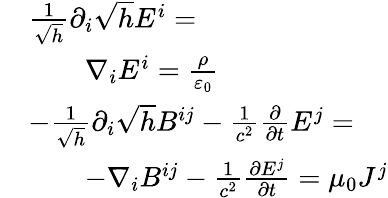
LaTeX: {\begin{array}{rl}&{{\frac{1}{\sqrt{h}}}\partial_{i}{\sqrt{h}}E^{i}=}\\ &{\qquad\nabla_{i}E^{i}={\frac{\rho}{\varepsilon_{0}}}}\\ &{{-}{\frac{1}{\sqrt{h}}}\partial_{i}{\sqrt{h}}B^{ij}-{\frac{1}{c^{2}}}{\frac{\partial}{\partial t}}E^{j}=}\\ &{\qquad{-}\nabla_{i}B^{ij}-{\frac{1}{c^{2}}}{\frac{\partial E^{j}}{\partial t}}=\mu_{0}J^{j}}\end{array}}